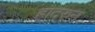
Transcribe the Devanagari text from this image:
हादरुन